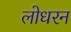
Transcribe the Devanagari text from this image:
लोधरन